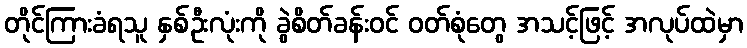
တိုင်ကြားခံရသူ နှစ်ဦးလုံးကို ခွဲစိတ်ခန်းဝင် ဝတ်စုံတွေ အသင့်ဖြင့် အလုပ်ထဲမှာ